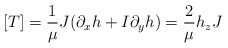
\begin{align*}[T]=\frac{1}{\mu} J(\partial_x h+I\partial_y h)=\frac{2}{\mu} h_z J\end{align*}